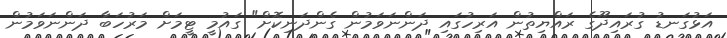
އަޅުގަނޑު ގުރައިދޫގެ ރައްޔިތުން އަރިހުގައި ދަންނަވަމުން ގެންދަނިކޮށް" ގައުމީ ޓީމަށް މަރުހަބާ ދަންނަވަމުން